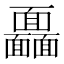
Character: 𩉖